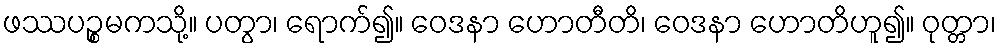
ဖဿပဉ္စမကသို့။ ပတွာ၊ ရောက်၍။ ဝေဒနာ ဟောတီတိ၊ ဝေဒနာ ဟောတိဟူ၍။ ဝုတ္တာ၊